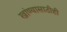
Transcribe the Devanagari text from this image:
खांण्यासाठीही